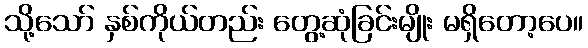
သို့သော် နှစ်ကိုယ်တည်း တွေ့ဆုံခြင်းမျိုး မရှိတော့ပေ။